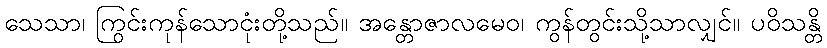
သေသာ၊ ကြွင်းကုန်သောငုံးတို့သည်။ အန္တောဇာလမေဝ၊ ကွန်တွင်းသို့သာလျှင်။ ပဝိသန္တိ